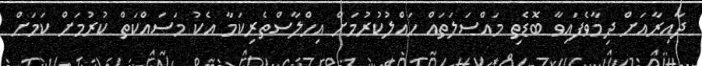
ދާއިރާއަށް ދިމާވެފައިވާ ބޮޑެތި މައްސަލަތައް ހައްލުކުރުމަށް އިހްލާސްތެރިކަމާ އެކު މަސައްކަތް ކުރުމަށް ކަމަށް